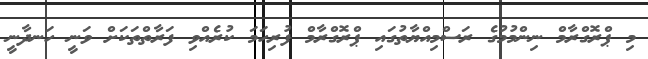
މި ޕްރޮގްރާމް ނިންމުމުގެ ރަސްމިއްޔާތުގައި ޕްރޮގްރާމް ފުރިހަމަ ކުރެއްވި ފަރާތްތަކަށް ވަނީ ހަނދާނީ